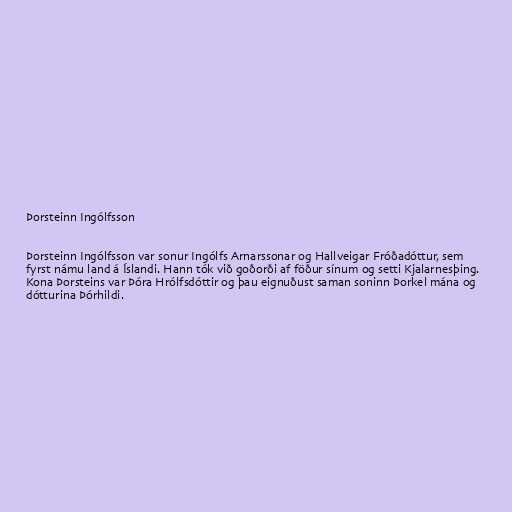
Þorsteinn Ingólfsson

Þorsteinn Ingólfsson var sonur Ingólfs Arnarssonar og Hallveigar Fróðadóttur, sem
fyrst námu land á Íslandi. Hann tók við goðorði af föður sínum og setti Kjalarnesþing.
Kona Þorsteins var Þóra Hrólfsdóttir og þau eignuðust saman soninn Þorkel mána og
dótturina Þórhildi.